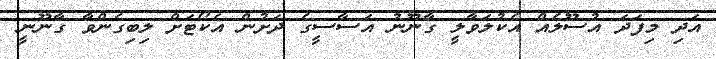
އަދި މިފަދަ އުސޫލެއް އެކުލަވާލީ ގާނޫނު އަސާސީގެ ދަށުން އެކޯޓަށް ލިބިގެންވާ ގާނޫނީ